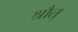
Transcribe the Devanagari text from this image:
श्रौत्